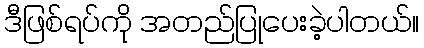
ဒီဖြစ်ရပ်ကို အတည်ပြုပေးခဲ့ပါတယ်။